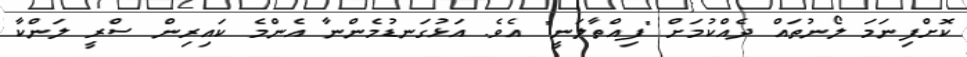
ކޮށްފިނަމަ ލޯނުތައް ދެއްކުމަށް "ފިއްތާލަނީ" އެވެ. އަޅުގަނޑުމެންނާ އެންމެ ކައިރިން ސްރީ ލަންކާ